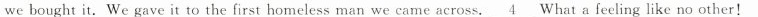
we bought it. We gave it to the first homeless man we came across. \underline{4} What a feeling like no other!